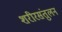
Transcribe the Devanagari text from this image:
शरीरसंतुलन